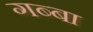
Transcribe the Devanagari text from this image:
गब्बा